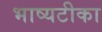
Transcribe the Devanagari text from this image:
भाष्यटीका